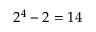
2 ^ { 4 } - 2 = 1 4